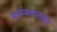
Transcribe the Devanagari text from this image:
पर्जन्यमानाला